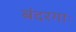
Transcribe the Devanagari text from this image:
बंदरगाः